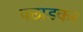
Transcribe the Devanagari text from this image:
पछाडकर